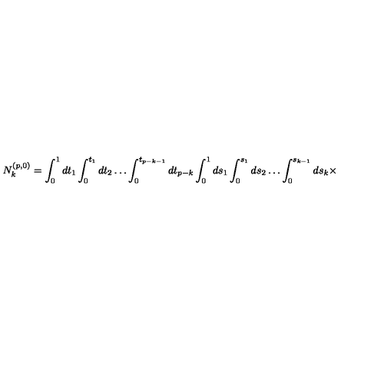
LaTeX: N _ { k } ^ { ( p , 0 ) } = \int _ { 0 } ^ { 1 } d t _ { 1 } \int _ { 0 } ^ { t _ { 1 } } d t _ { 2 } \ldots \int _ { 0 } ^ { t _ { p - k - 1 } } d t _ { p - k } \int _ { 0 } ^ { 1 } d s _ { 1 } \int _ { 0 } ^ { s _ { 1 } } d s _ { 2 } \ldots \int _ { 0 } ^ { s _ { k - 1 } } d s _ { k } \times